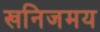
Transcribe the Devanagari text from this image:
खनिजमय